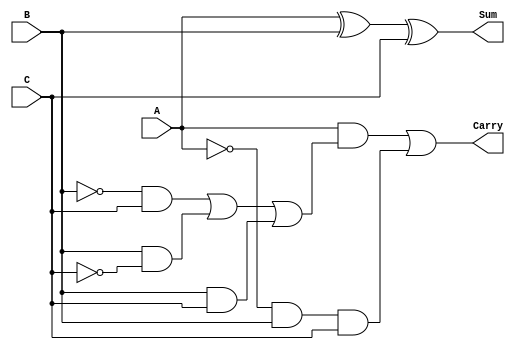
module Q5(
	input wire A,
	input wire B,
	input wire C,
	output reg Sum,
	output reg Carry
);

always @(*) begin
	Sum=A^B^C;
	// Carry=((A^B)&C)|(A&B);
	Carry=(A&(((~B)&C) |(B&(~C)) |(B&C)))|((~A)&B&C);

end
endmodule